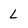
Character: L